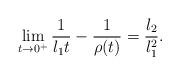
LaTeX: \begin{align*}\lim_{t \to 0^+}\frac{1}{l_1t}-\frac{1}{\rho(t)}=\frac{l_2}{l_1^2}.\end{align*}